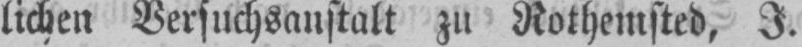
lichen Versuchsaustalt zu Rothemsted, J.